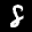
Label: 8